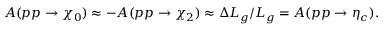
A ( p p \to \chi _ { 0 } ) \approx - A ( p p \to \chi _ { 2 } ) \approx \Delta { \cal L } _ { g } / { \cal L } _ { g } = A ( p p \to \eta _ { c } ) .